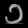
Digit: ၁